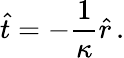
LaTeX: \hat{t}=-\frac{1}{\kappa}\hat{r}\, .